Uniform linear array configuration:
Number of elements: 12
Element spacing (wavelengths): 0.25
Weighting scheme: hann
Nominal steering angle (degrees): -60
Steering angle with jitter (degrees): -59.869
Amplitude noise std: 0.05
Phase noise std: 0.05

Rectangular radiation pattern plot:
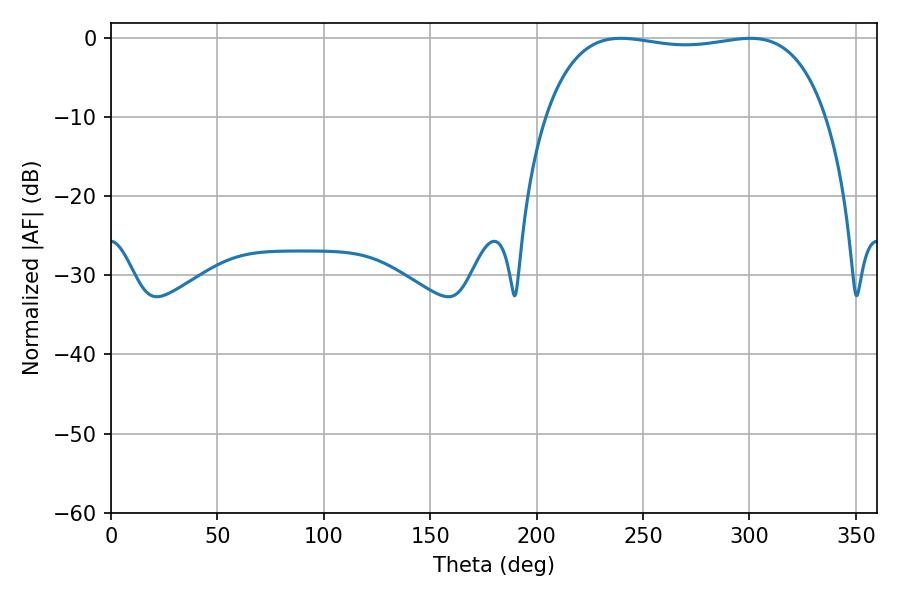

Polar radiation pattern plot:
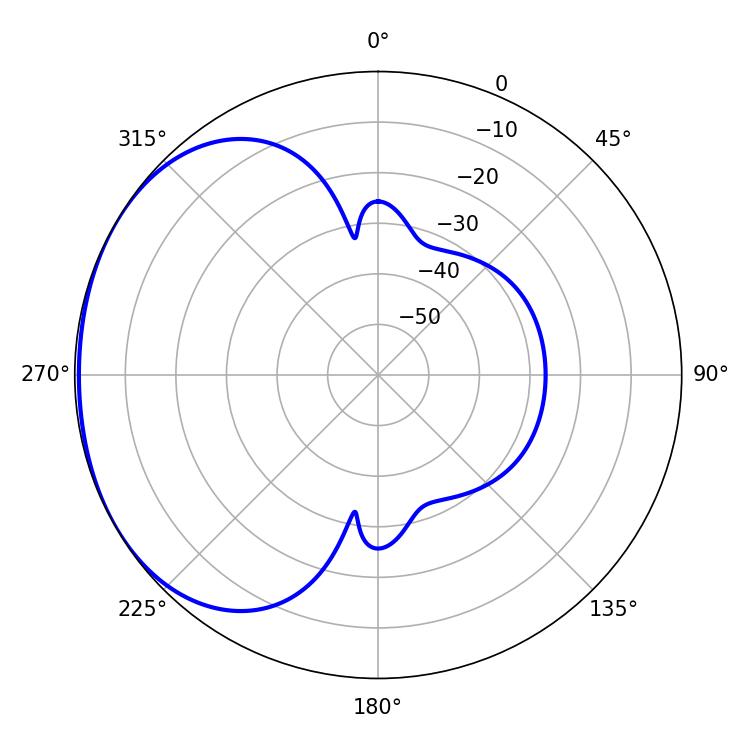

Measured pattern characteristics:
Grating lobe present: FALSE
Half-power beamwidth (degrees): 105.84
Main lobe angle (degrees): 239.58